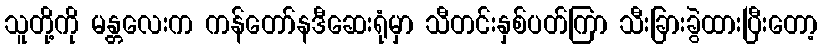
သူတို့ကို မန္တလေးက ကန်တော်နဒီဆေးရုံမှာ သီတင်းနှစ်ပတ်ကြာ သီးခြားခွဲထားပြီးတော့